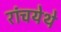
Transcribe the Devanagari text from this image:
रांचयेथे